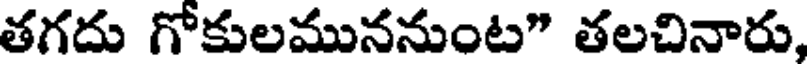
తగదు గోకులముననుంట" తలచినారు,